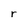
Character: r